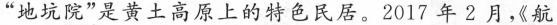
”地坑院”是黄土高原上的特色民居。2017年2月《航